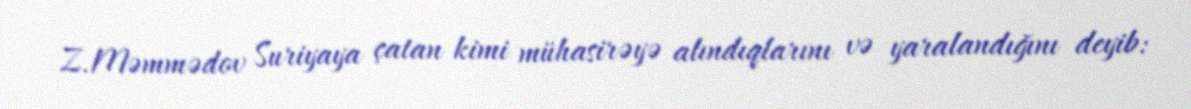
Z.Məmmədov Suriyaya çatan kimi mühasirəyə alındıqlarını və yaralandığını deyib: